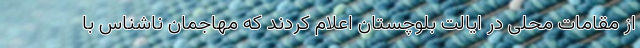
از مقامات محلی در ایالت بلوچستان اعلام کردند که مهاجمان ناشناس با